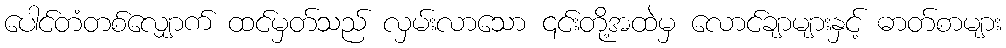
ပေါင်တံတစ်လျှောက် ထင်မှတ်သည် လှမ်းလာသော ၎င်းတို့အထဲမှ လောင်ချာများနှင့် ဓာတ်စာများ